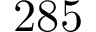
2 8 5